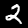
Label: 2